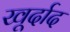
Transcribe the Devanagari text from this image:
खूर्दाद